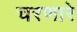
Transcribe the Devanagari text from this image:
चरणारे